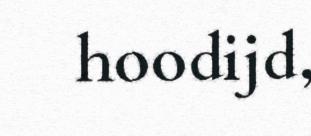
hoodijd,